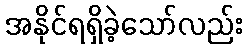
အနိုင်ရရှိခဲ့သော်လည်း